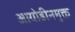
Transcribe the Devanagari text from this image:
आयोडीनमुक्त